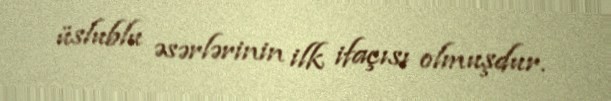
üslublu əsərlərinin ilk ifaçısı olmuşdur.